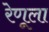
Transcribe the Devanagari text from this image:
रेणूला